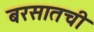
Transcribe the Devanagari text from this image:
बरसातची